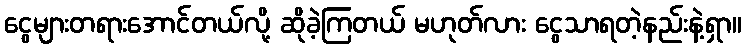
ငွေများတရားအောင်တယ်လို့ ဆိုခဲ့ကြတယ် မဟုတ်လား ငွေသာရတဲ့နည်းနဲ့ရှာ။